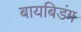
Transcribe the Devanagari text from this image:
बायबिडंग